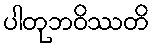
ပါတုဘဝိဿတိ